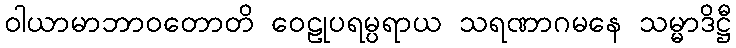
ဝါယာမာဘာဝတောတိ ဝေဠုပရမ္ပရာယ သရဏာဂမနေ သမ္မာဒိဋ္ဌီ